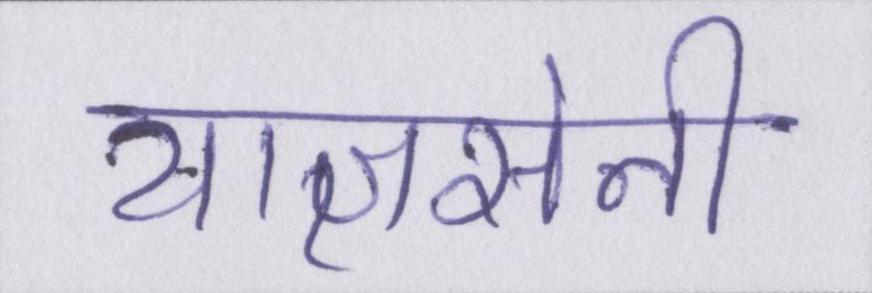
याज्ञसेनी